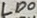
Text: LD0